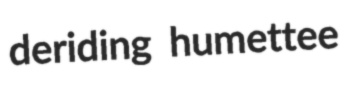
deriding humettee